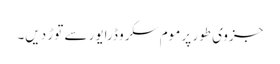
جزوی طور پر موم سکرو ڈرایور سے توڑ دیں۔